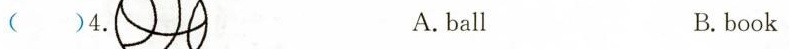
( )4. A. ball B. book